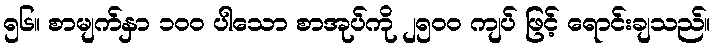
၅၆။ စာမျက်နှာ ၁၀၀ ပါသော စာအုပ်ကို ၂၅၀၀ ကျပ် ဖြင့် ရောင်းချသည်။